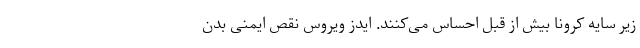
زیر سایه کرونا بیش از قبل احساس می‌کنند. ایدز ویروس نقص ایمنی بدن